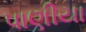
પાણીયા